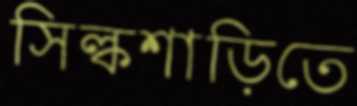
সিল্কশাড়িতে